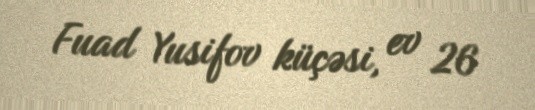
Fuad Yusifov küçəsi, ev 26